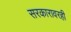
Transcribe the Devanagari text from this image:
सरकारावरही